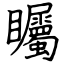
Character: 矚